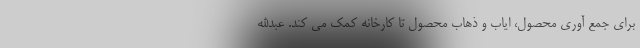
برای جمع آوری محصول، ایاب و ذهاب محصول تا کارخانه کمک می کند. عبدالله